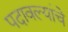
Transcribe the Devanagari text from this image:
पदावल्यांचे